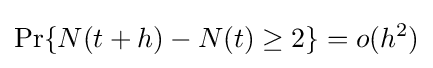
\Pr\{N(t+h)-N(t)\geq 2\}=o(h^{2})